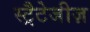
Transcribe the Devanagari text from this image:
स्ट्रैटेजीज़